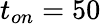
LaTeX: t_{on}=50